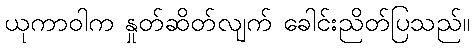
ယုကာဝါက နှုတ်ဆိတ်လျက် ခေါင်းညိတ်ပြသည်။